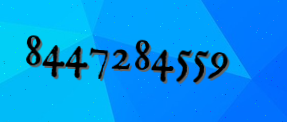
8447284559